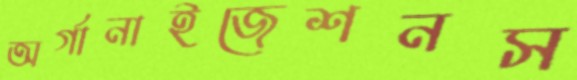
অর্গানাইজেশনস